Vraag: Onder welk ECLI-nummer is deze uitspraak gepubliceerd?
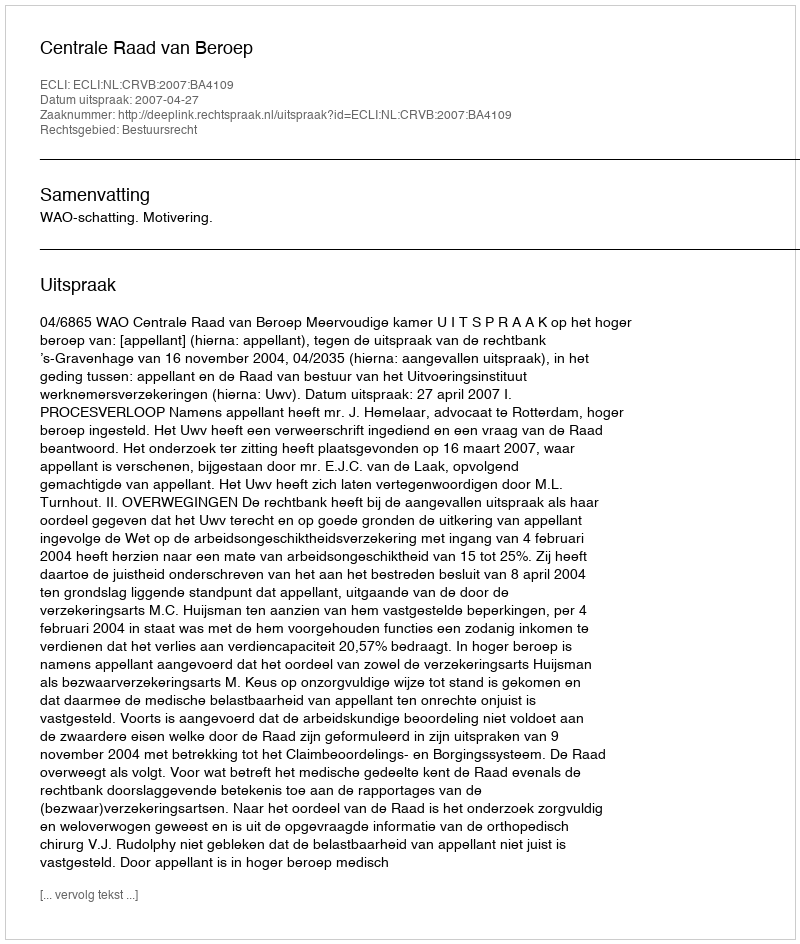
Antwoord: ECLI:NL:CRVB:2007:BA4109